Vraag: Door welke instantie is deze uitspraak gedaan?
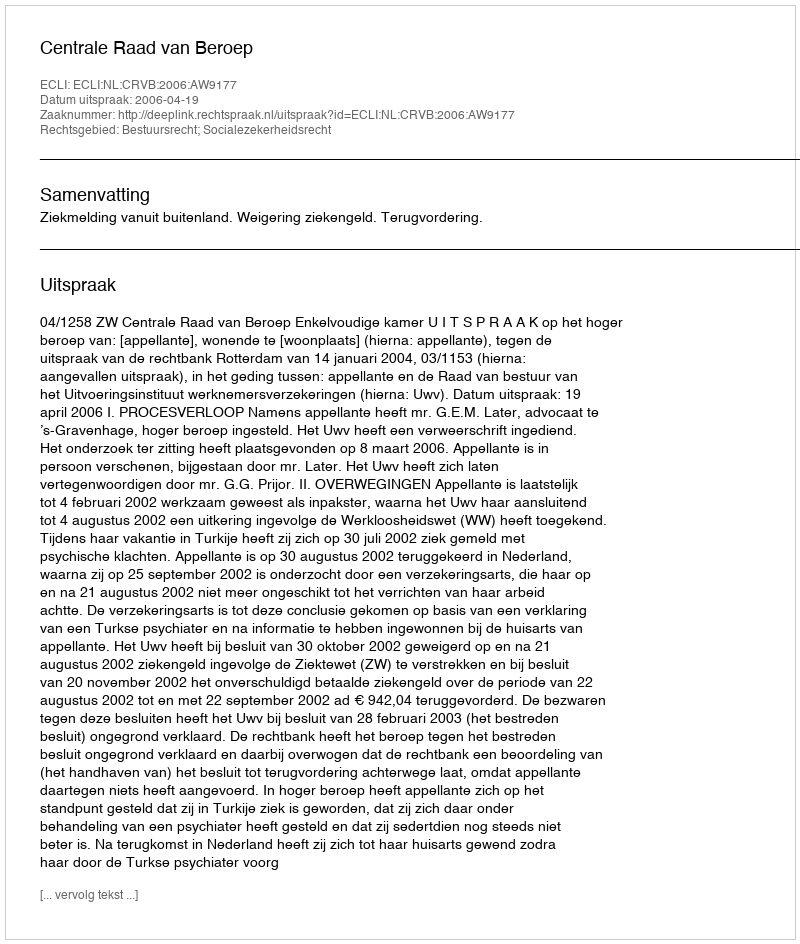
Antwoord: Centrale Raad van Beroep